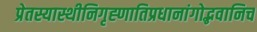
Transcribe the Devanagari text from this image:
प्रेतस्यास्थीनिगृह्णातिप्रधानांगोद्भवानिच